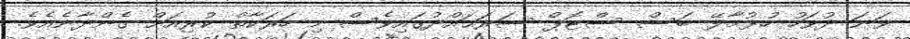
ވަނަ ދުވަހު ހުޅުމާލޭ ބަސް ސްޓޮޕް ސަރަޙައްދުގައިވެސް މި ހަރަކާތް ކުރިއަށް ގެންދާނެއެވެ.